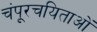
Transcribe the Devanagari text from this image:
चंपूरचयिताओं